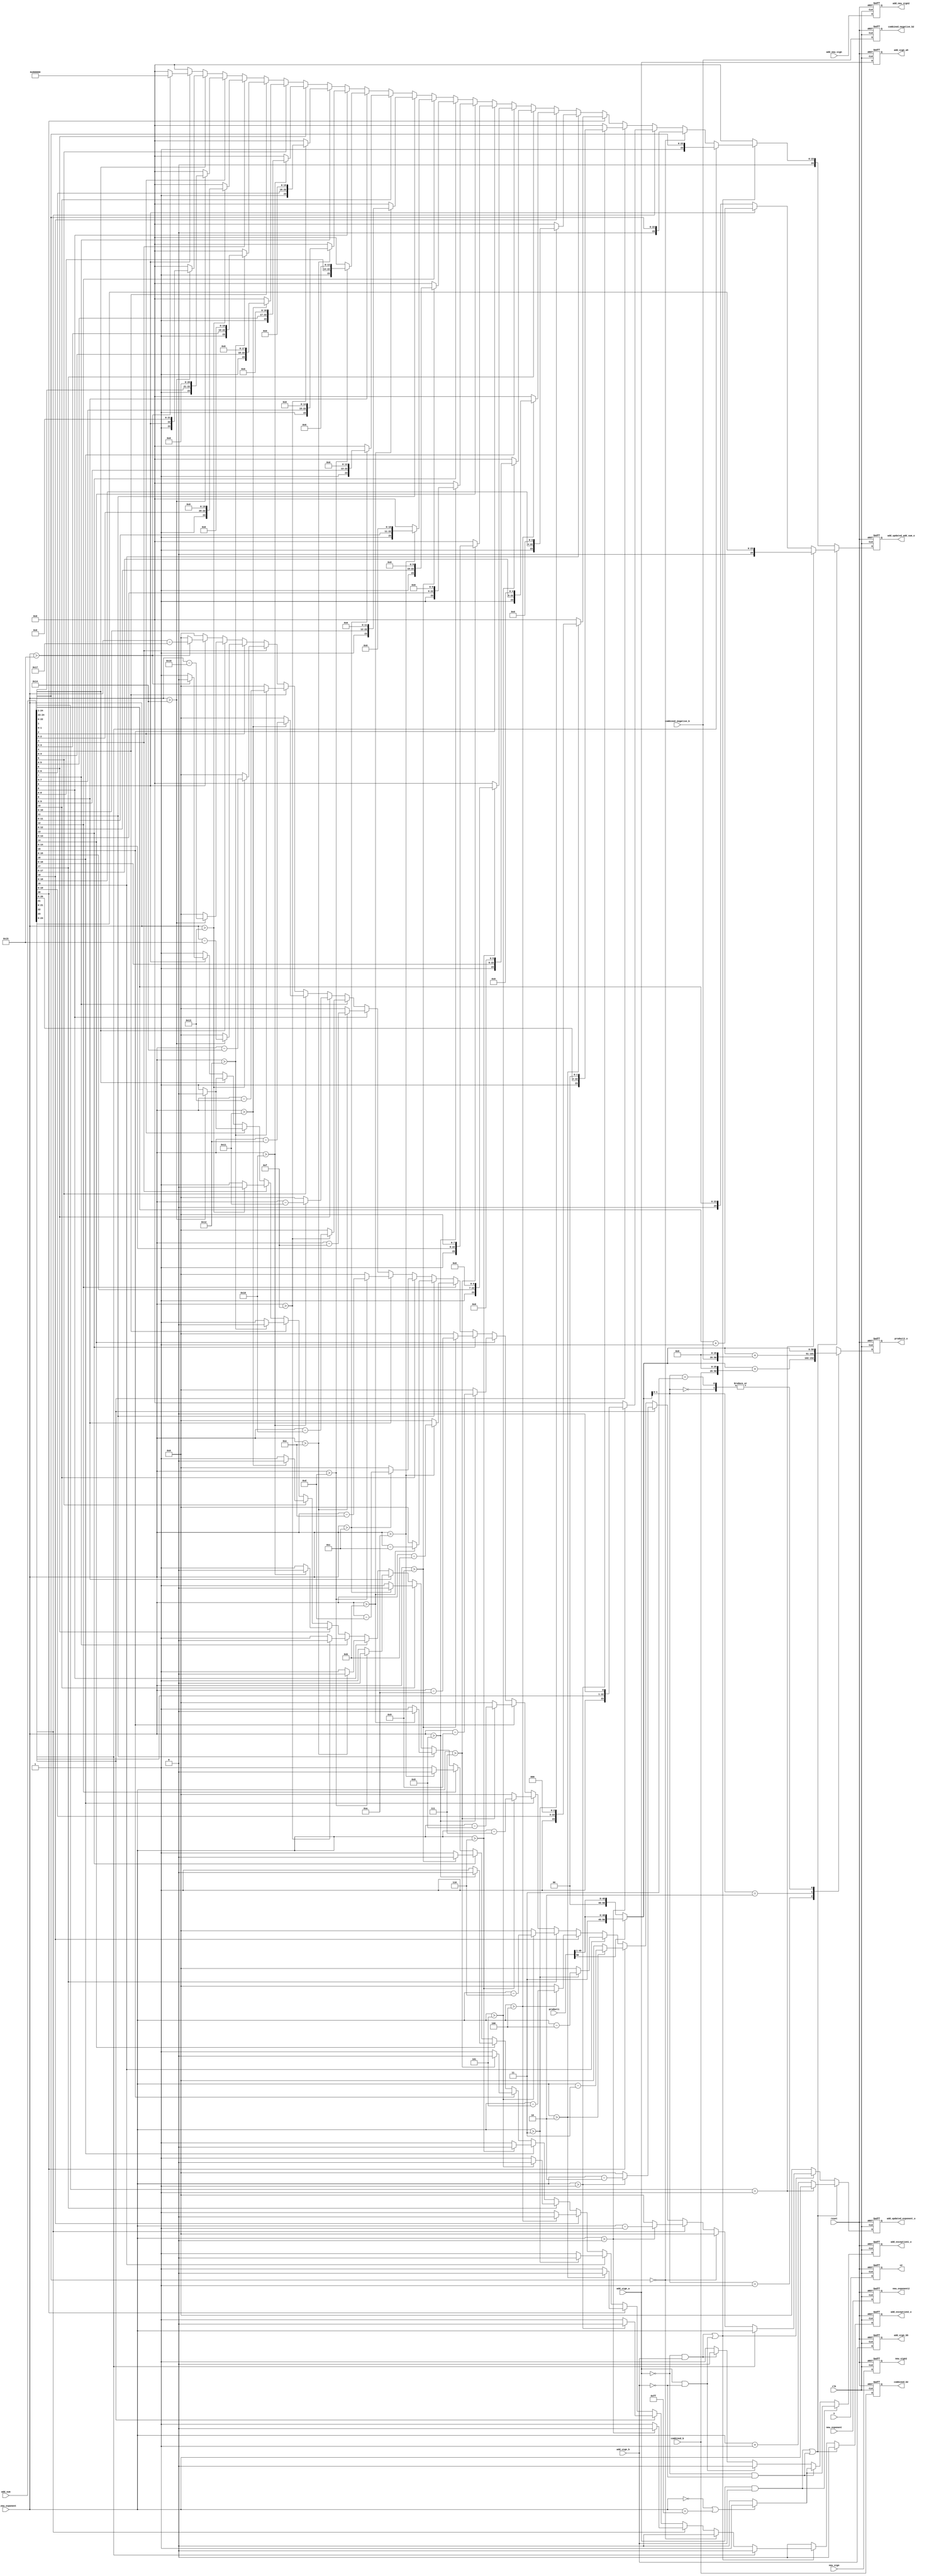
module booth3(clk, reset, product1 ,combined_b, combined_negative_b, product2_o,combined_b2, combined_negative_b2,new_exponent,new_exponent2,new_sign,new_sign2,add_sign_a, add_sign_b, add_sum, add_new_exponent, add_updated_exponent_o, add_updated_add_sum_o, add_exception1_o,add_exception2_o,add_new_sign,add_new_sign2,add_sign_a5,add_sign_b5,s,s2); 

input [8:0]new_exponent;
output reg [8:0] new_exponent2;
input [24:0]combined_b, combined_negative_b;
output reg [50:0] product2_o;
input [50:0] product1;
input clk, reset;
output reg[24:0]combined_b2, combined_negative_b2;
input s;

output reg s2;

reg [51:0] product_temp3;
reg [50:0] product2,product_shift,product_temp2;

input new_sign;
output reg new_sign2;

//adder

input [24:0]add_sum;
input [7:0]add_new_exponent;
input add_sign_a,add_sign_b,add_new_sign;


output reg add_new_sign2;
output reg add_exception1_o,add_exception2_o;
output reg [24:0] add_updated_add_sum_o;
output reg [7:0] add_updated_exponent_o;
output reg add_sign_a5,add_sign_b5;

reg add_exception1,add_exception2;
reg [24:0] add_updated_add_sum;
reg [7:0] add_updated_exponent;

reg [23:0]add_new_add_sum_temp;

always@(posedge clk or negedge reset)
begin
	if(!reset)
		begin
		product2_o <= 50'b0;
		combined_b2 <= 25'b0;
		combined_negative_b2 <= 25'b0;
		new_exponent2 <= 8'b0;
		new_sign2<= 1'b0;
		s2 <= 0;
		end
	else
		begin
		product2_o <= product2;
		combined_b2 <= combined_b;
		combined_negative_b2 <= combined_negative_b;
		new_exponent2 <= new_exponent;
		new_sign2<=new_sign;
		s2 <= s;
		end
end

always@(*)
begin
	
	if(product1[50] == 1'b1)
   product_shift[50:0]= {1'b1, product1[50:1]};
	else if(product1[50] == 1'b0)
	product_shift[50:0] = {1'b0, product1[50:1]};
	else
	product_shift[50:0] = 50'b0;
	
end

 always@(*)
begin

 case(product_shift[1:0])
 
 
 
 2'b00: begin
	
	product2 = product_shift;
	product_temp2 =  50'b0;
		product_temp3 = 52'b0;
	end
	
	2'b01:  begin
		
		product_temp2 = {combined_b, 26'b0};
		product_temp3 = product_shift + product_temp2;
		product2 = product_temp3[50:0];
		end
		
	2'b10: 	begin

		product_temp2 = {combined_negative_b, 26'b0};
		product_temp3 = product_shift + product_temp2;
		product2 = product_temp3[50:0];
		end
		
		2'b11: begin
	
	product2 = product_shift;
	product_temp2 =  50'b0;
		product_temp3 = 52'b0;
	end
	
	endcase
	

end


always@(posedge clk or negedge reset)
begin
	if(!reset)
	begin
	add_updated_add_sum_o <= 25'b0000000000000000000000000;
	add_updated_exponent_o <=  8'b00000000;
	add_exception1_o <= 1'b0;
	add_exception2_o <= 1'b0;
	add_new_sign2 <= 8'b0;
	add_sign_a5 <= 1'b0;
	add_sign_b5 <= 1'b0;
	end
	else
	begin
	add_updated_add_sum_o <= add_updated_add_sum;
	add_updated_exponent_o <= add_updated_exponent;
	add_exception1_o <= add_exception1;
	add_exception2_o <= add_exception2;
	add_new_sign2 <= add_new_sign;
	add_sign_a5 <= add_sign_a;
	add_sign_b5 <= add_sign_b;
	end
end


always@(*)
begin
	if(add_sign_a == 1'b1 && add_sign_b == 1'b1)
	begin
	if(add_new_exponent == 8'b00000000 ||add_new_exponent == 8'b11111111)
	add_exception1 = 1'b1;
	else
	add_exception1 = 1'b0;
	end
	
	else if(add_sign_a == 1'b0 && add_sign_b == 1'b0)
	begin
	if(add_new_exponent == 8'b00000000 ||add_new_exponent == 8'b11111111)
	add_exception1 = 1'b1;
	else
	add_exception1 = 1'b0;
	end
	
	
	else if(add_sign_a == 1'b1 && add_sign_b == 1'b0)
	begin
	add_exception1= 1'b0;
	end
	
	else if(add_sign_a == 1'b0 && add_sign_b == 1'b1)
	begin
	add_exception1 = 1'b0;
	end

	

	else


	add_exception1 = 1'b1;
	

end

always@(*)
begin

	
	
		if((add_sign_a == 1'b1 && add_sign_b == 1'b1) || (add_sign_a == 1'b0 && add_sign_b == 1'b0))
		begin
	
		if(add_sum[24:23] == 2'b01)   //if(add_sum[24:23] == 2'b00 || add_sum[24:23] == 2'b01)
		begin
			add_updated_add_sum = {1'b0,add_sum[23:0]};
			add_updated_exponent = add_new_exponent;
			add_exception2 = 1'b0;
		end
		else
	 	begin
			if(add_sum[0] == 1'b0)
			begin
			add_updated_add_sum = {1'b0,add_sum[24:1]};
			add_updated_exponent = add_new_exponent +1'b1;
			add_exception2 = 1'b0;
			end	
			else if(add_sum[0] == 1'b1)
			begin
			add_new_add_sum_temp = add_sum[24:1];
			add_updated_add_sum= add_new_add_sum_temp + 1'b1;
			add_updated_exponent = add_new_exponent +1'b1;
			add_exception2 = 1'b0;
			end
			else
			begin
			add_exception2 = 1'b1;
			add_updated_add_sum = 25'b0;
			add_updated_exponent = 8'b0;
			end
		end
		end
		
		

		else if((add_sign_a == 1'b0 && add_sign_b == 1'b1) || (add_sign_a == 1'b1 && add_sign_b == 1'b0))
		begin
			
			if(add_sum[23] == 1'b1)
			begin
			add_updated_add_sum = {1'b0,add_sum[23:0]};
			add_updated_exponent = add_new_exponent;
			add_exception2 = 1'b0;
			end
			
			else if(add_sum[22:0] == 23'b0)
			begin
				add_updated_add_sum = {2'b00,add_sum[22:0]};
				add_updated_exponent= 8'b00000000;
				add_exception2 = 1'b0;

			end

			else if(add_sum[22] == 1'b1) 
			begin
				if(add_new_exponent>8'b00000000)
				begin
				add_updated_add_sum = {1'b0,add_sum[22:0],1'b0};
				add_updated_exponent = add_new_exponent-1'b1;
				add_exception2 = 1'b0;
				end
				else
				begin
				add_exception2 = 1'b1;	
					add_updated_add_sum = 25'b0;
			add_updated_exponent = 8'b0;
				end
			end	

					
			
			else if(add_sum[21] == 1'b1) 
			begin
				if(add_new_exponent>8'b00000001)
				begin
				add_updated_add_sum = {1'b0,add_sum[21:0],2'b00};
				add_updated_exponent = add_new_exponent-2'b10;
				add_exception2 = 1'b0;
				end
				else
				begin
			add_exception2 = 1'b1;
				add_updated_add_sum = 25'b0;
			add_updated_exponent = 8'b0;
			end
			end	
			
			else if(add_sum[20] == 1'b1) 
			begin
				if(add_new_exponent>8'b00000010)
				begin
				add_updated_add_sum = {1'b0,add_sum[20:0],3'b000};
				add_updated_exponent = add_new_exponent-2'b11;
				add_exception2 = 1'b0;
				end
				else
				begin
			add_exception2 = 1'b1;
				add_updated_add_sum = 25'b0;
			add_updated_exponent = 8'b0;
			end
			end
			
			else if(add_sum[19] == 1'b1) 
			begin
				if(add_new_exponent>8'b00000011)
				begin
				add_updated_add_sum = {1'b0,add_sum[19:0],4'b0000};
				add_updated_exponent = add_new_exponent-3'b100;
				add_exception2 = 1'b0;
				end
				else
				begin
			add_exception2 = 1'b1;
				add_updated_add_sum = 25'b0;
			add_updated_exponent = 8'b0;
			end				
			end
			
			else if(add_sum[18] == 1'b1)  
			begin
				if(add_new_exponent>8'b00000100)
				begin
				add_updated_add_sum = {1'b0,add_sum[18:0],5'b00000};
				add_updated_exponent = add_new_exponent-3'b101;
				add_exception2 = 1'b0;
				end
				else
				begin
			add_exception2 = 1'b1;
				add_updated_add_sum = 25'b0;
			add_updated_exponent = 8'b0;
			end
			end
			
			else if(add_sum[17] == 1'b1) 
			begin
				if(add_new_exponent>8'b00000101)
				begin
				add_updated_add_sum = {1'b0,add_sum[17:0],6'b000000};
				add_updated_exponent = add_new_exponent-3'b110;
				add_exception2 = 1'b0;
				end
				else
				begin
			add_exception2 = 1'b1;
				add_updated_add_sum = 25'b0;
			add_updated_exponent = 8'b0;
			end
			end
			
			else if(add_sum[16] == 1'b1) 
			begin
				if(add_new_exponent>8'b00000110)
				begin
				add_updated_add_sum = {1'b0,add_sum[20:0],7'b0000000};
				add_updated_exponent = add_new_exponent-3'b111;
				add_exception2 = 1'b0;
				end
				else
				begin
			add_exception2 = 1'b1;
				add_updated_add_sum = 25'b0;
			add_updated_exponent = 8'b0;
			end
			end
			
			else if(add_sum[15] == 1'b1) 
			begin
				if(add_new_exponent>8'b00000111)
				begin
				add_updated_add_sum = {1'b0,add_sum[15:0],8'b00000000};
				add_updated_exponent = add_new_exponent-4'b1000;
				add_exception2 = 1'b0;
				end
				else
				begin
			add_exception2 = 1'b1;
				add_updated_add_sum = 25'b0;
			add_updated_exponent = 8'b0;
			end
			end
			
			else if(add_sum[14] == 1'b1) 
			begin
				if(add_new_exponent>8'b00001000)
				begin
				add_updated_add_sum = {1'b0,add_sum[14:0],9'b000000000};
				add_updated_exponent = add_new_exponent-4'b1001;
				add_exception2 = 1'b0;
				end
				else
				begin
			add_exception2 = 1'b1;
				add_updated_add_sum = 25'b0;
			add_updated_exponent = 8'b0;
			end
			end
			
			else if(add_sum[13] == 1'b1) 
			begin
				if(add_new_exponent>8'b00001001)
				begin
				add_updated_add_sum = {1'b0,add_sum[13:0],10'b0000000000};
				add_updated_exponent = add_new_exponent-4'b1010;
				add_exception2 = 1'b0;
				end
				else
				begin
			add_exception2 = 1'b1;
				add_updated_add_sum = 25'b0;
			add_updated_exponent = 8'b0;
			end
			end
			
			else if(add_sum[12] == 1'b1) 
			begin
				if(add_new_exponent>8'b00001010)
				begin
				add_updated_add_sum = {1'b0,add_sum[12:0],11'b00000000000};
				add_updated_exponent = add_new_exponent-4'b1011;
				add_exception2 = 1'b0;
				end
				else
				begin
			add_exception2 = 1'b1;
				add_updated_add_sum = 25'b0;
			add_updated_exponent = 8'b0;
			end
			end
			
			else if(add_sum[11] == 1'b1) 
			begin
				if(add_new_exponent>8'b00001011)
				begin
				add_updated_add_sum = {1'b0,add_sum[11:0],12'b000000000000};
				add_updated_exponent = add_new_exponent-4'b1100;
				add_exception2 = 1'b0;
				end
				else
				begin
			add_exception2 = 1'b1;
				add_updated_add_sum = 25'b0;
			add_updated_exponent = 8'b0;
			end
			end
			
			else if(add_sum[10] == 1'b1) 
			begin
				if(add_new_exponent>8'b00001100)
				begin
				add_updated_add_sum = {1'b0,add_sum[10:0],13'b0000000000000};
				add_updated_exponent = add_new_exponent-4'b1101;
				add_exception2 = 1'b0;
				end
				else
				begin
			add_exception2 = 1'b1;
				add_updated_add_sum = 25'b0;
			add_updated_exponent = 8'b0;
			end
			end
			
			else if(add_sum[9] == 1'b1) 
			begin
				if(add_new_exponent>8'b00001101)
				begin
				add_updated_add_sum = {1'b0,add_sum[9:0],14'b00000000000000};
				add_updated_exponent = add_new_exponent-4'b1110;
				add_exception2 = 1'b0;
				end
				else
				begin
			add_exception2 = 1'b1;
				add_updated_add_sum = 25'b0;
			add_updated_exponent = 8'b0;
			end
			end
			
			else if(add_sum[8] == 1'b1) 
			begin
				if(add_new_exponent>8'b00001110)
				begin
				add_updated_add_sum = {1'b0,add_sum[8:0],15'b000000000000000};
				add_updated_exponent = add_new_exponent-4'b1111;
				add_exception2 = 1'b0;
				end
				else
				begin
			add_exception2 = 1'b1;
				add_updated_add_sum = 25'b0;
			add_updated_exponent = 8'b0;
			end
			end
			
			else if(add_sum[7] == 1'b1) 
			begin
				if(add_new_exponent>8'b00001111)
				begin
				add_updated_add_sum = {1'b0,add_sum[7:0],16'b0000000000000000};
				add_updated_exponent = add_new_exponent-5'b10000;
				add_exception2 = 1'b0;
				end
				else
				begin
			add_exception2 = 1'b1;
				add_updated_add_sum = 25'b0;
			add_updated_exponent = 8'b0;
			end
			end
			
			else if(add_sum[6] == 1'b1) 
			begin
				if(add_new_exponent>8'b00010000)
				begin
				add_updated_add_sum = {1'b0,add_sum[6:0],17'b00000000000000000};
				add_updated_exponent = add_new_exponent-5'b10001;
				add_exception2 = 1'b0;
				end
				else
				begin
			add_exception2 = 1'b1;
				add_updated_add_sum = 25'b0;
			add_updated_exponent = 8'b0;
			end
			end
			
			else if(add_sum[5] == 1'b1) 
			begin
				if(add_new_exponent>8'b00010001)
				begin
				add_updated_add_sum = {1'b0,add_sum[5:0],18'b000000000000000000};
				add_updated_exponent = add_new_exponent-5'b10010;
				add_exception2 = 1'b0;
				end
				else
				begin
			add_exception2 = 1'b1;
				add_updated_add_sum = 25'b0;
			add_updated_exponent = 8'b0;
			end
			end

			else if(add_sum[4] == 1'b1) 
			begin
				if(add_new_exponent>8'b00010010)
				begin
				add_updated_add_sum = {1'b0,add_sum[4:0],19'b0000000000000000000};
				add_updated_exponent = add_new_exponent-5'b10011;
				add_exception2 = 1'b0;
				end
				else
				begin
			add_exception2 = 1'b1;
				add_updated_add_sum = 25'b0;
			add_updated_exponent = 8'b0;
			end
			end

			else if(add_sum[3] == 1'b1) 
			begin
				if(add_new_exponent>8'b00010011)
				begin
				add_updated_add_sum = {1'b0,add_sum[3:0],20'b00000000000000000000};
				add_updated_exponent = add_new_exponent-5'b10100;
				add_exception2 = 1'b0;
				end
				else
				begin
			add_exception2 = 1'b1;
				add_updated_add_sum = 25'b0;
			add_updated_exponent = 8'b0;
			end
			end

			else if(add_sum[2] == 1'b1) 
			begin
				if(add_new_exponent>8'b00010100)
				begin 
				add_updated_add_sum = {1'b0,add_sum[2:0],21'b000000000000000000000};
				add_updated_exponent = add_new_exponent-5'b10101;
				add_exception2 = 1'b0;
				end
				else
				begin
			add_exception2 = 1'b1;
				add_updated_add_sum = 25'b0;
			add_updated_exponent = 8'b0;
			end
			end

			else if(add_sum[1] == 1'b1) 
			begin
				if(add_new_exponent>8'b00010100)
				begin
				add_updated_add_sum = {1'b0,add_sum[1:0],22'b0000000000000000000000};
				add_updated_exponent = add_new_exponent-5'b10110;
				add_exception2 = 1'b0;
				end
				else
				begin
			add_exception2 = 1'b1;
				add_updated_add_sum = 25'b0;
			add_updated_exponent = 8'b0;
			end
			end

			else if(add_sum[0] == 1'b1) 
			begin
				if(add_new_exponent>8'b00010101)
				begin
				add_updated_add_sum = {1'b0,add_sum[0],23'b00000000000000000000000};
				add_updated_exponent = add_new_exponent-5'b10111;
				add_exception2 = 1'b0;
				end
				else
				begin
			add_exception2 = 1'b1;
				add_updated_add_sum = 25'b0;
			add_updated_exponent = 8'b0;
			end
			end
			
			else
			begin
			add_exception2 = 1'b1;
				add_updated_add_sum = 25'b0;
			add_updated_exponent = 8'b0;
			end
	end

	

		else
		begin
		add_exception2 = 1'b0;
			add_updated_add_sum = 25'b0;
			add_updated_exponent = 8'b0;
		end


	

end

endmodule